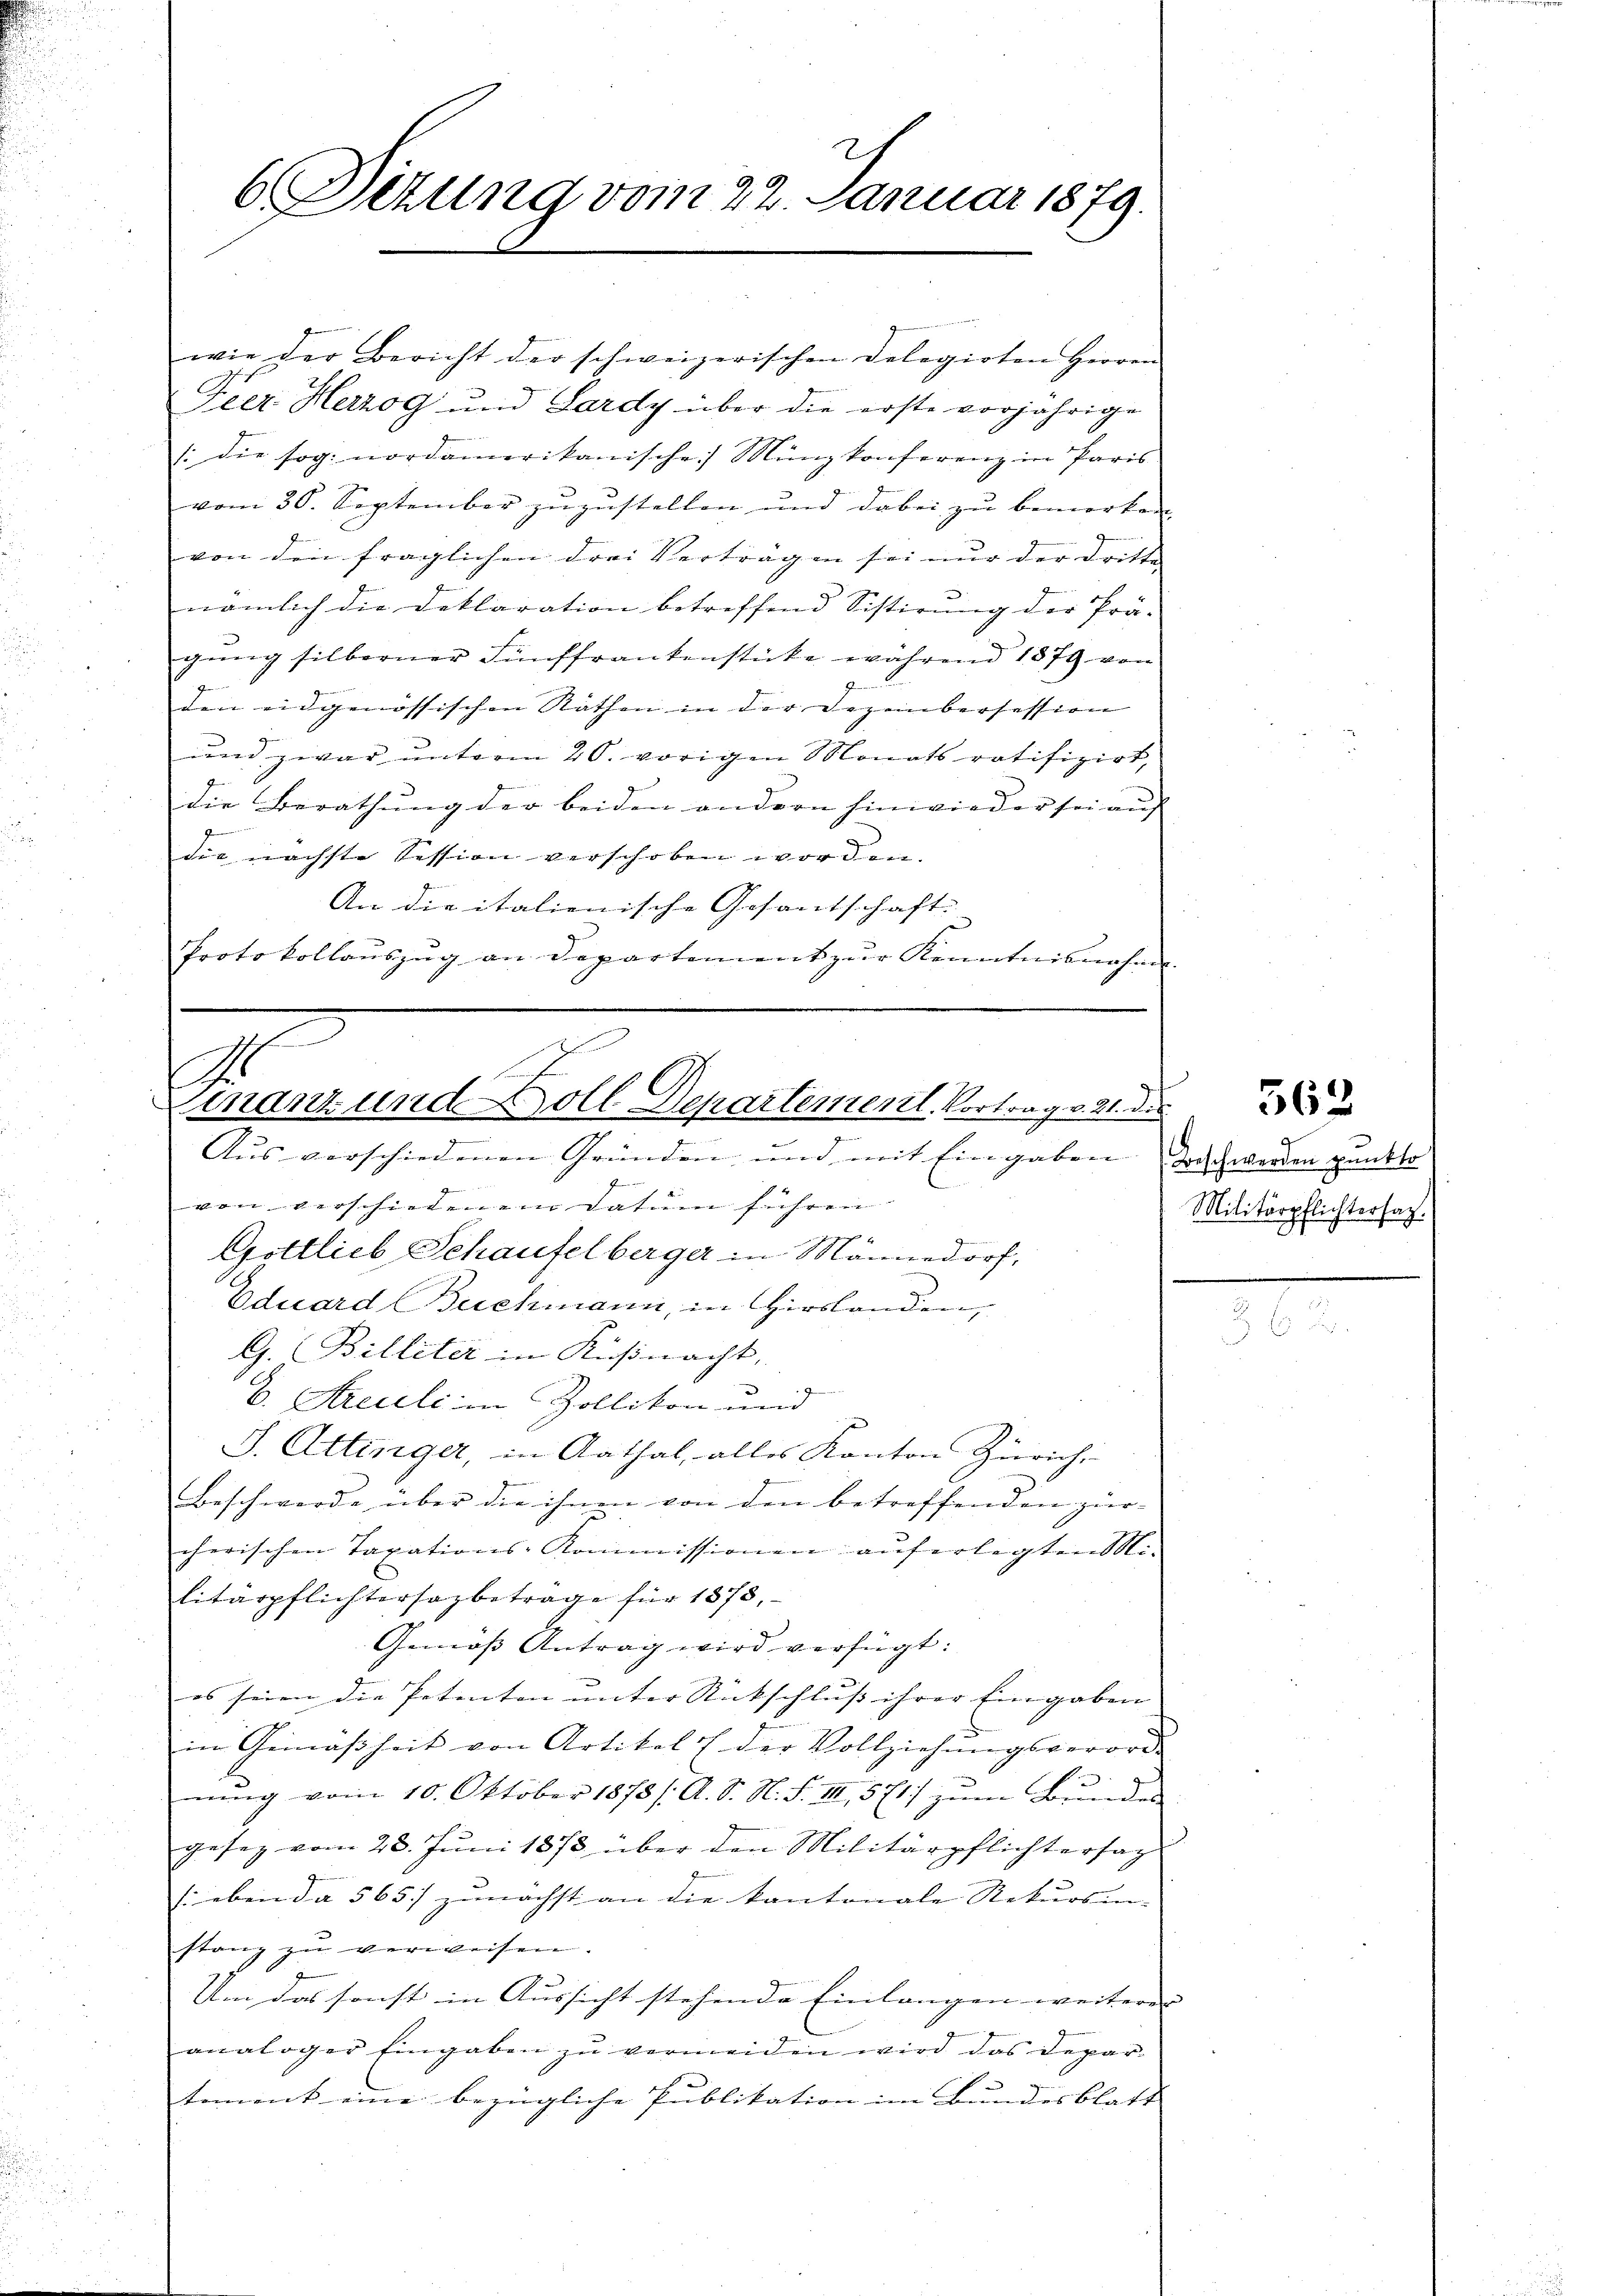
Dizung vom 22. Januar 1879.

wie der Bericht der schweizerischen Delegirten Herren
Frer Herzog und Lardy über die erste vorjährige
: die sog. nordamerikanische Münzkonferenz in Paris
vom 30. September zuzustellen und dabei zu bemerken
von den fraglichen drei Verträgen sei nur der Dritte
nämlich die Deklaration betreffend Sistirung der Prä-
gŭng silberner Fünffrankenstücke während 1879 von
den eidgenössischen Rathen in der Dezembersession
und zwar unterm 20. vorigen Monats ratifizirt,
die Berathung der beiden andern hinwieder sei auf
.
die nächste Session verschoben worden.
An die italienische Gesandschaft
Protokollauszug an Departement zur Kenntnisnahme |

1
Finanz und Soll Departement. Vortrag v. 21. die
Aus verschiedenen Gründen und mit Eingaben doch werden punkto
e

von verschiedenem Datum führen. |
Gottlieb Schaufelberger in Männedorf,
Eduard (Buchmann, in Hirslanden,
G. Billeter in Küßnacht,
 Areuli in Zollikon und
S. Attinger, in Aathal, alles Kanton Zürich,
Beschwerde über die ihnen von den betreffenden zuer-
cherischen Taxations-Kommissionen auferlegten i
litärpflichtersazbeträge für 1378,
Gemäss Antrag wird verfügt:
es seien die Petenten unter Rückschluss ihrer Eingaben |
im Gemäßheit von Artikel E der Vollziehungsverord-
nung vom 10. Oktober 1878 /A. S. N. S. III, 571 zum Bundes
geseg vom 22. Jŭni 1873 über den Militärpflichtersag
(eben da 565 zunächst an die kantonale Rekursin-
stanz zu verweisen.
Um das sonst in Aussicht stehende Einlangen weiteren |
analoger Eingaben zŭ vermeiden wird das Depar-
tement eine bezügliche Publikation im Bundesblatt

562

Militärpflichtersag